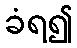
ခံရ၍